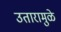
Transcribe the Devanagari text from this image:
उतारामुळे